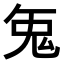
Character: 𭀥